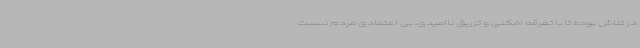
در تلاش بوده تا با تفرقه افکنی و تزریق ناامیدی، بی اعتمادی مردم نسبت